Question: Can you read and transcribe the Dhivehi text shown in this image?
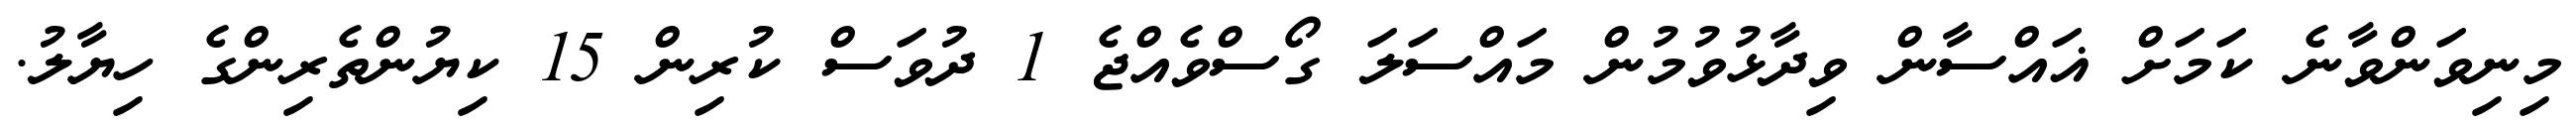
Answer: މިނިވަންވާނެ ކަމަށް ޣައްސާން ވިދާޅުވުމުން މައްސަލަ ގޯސްވެއްޖެ 1 ދުވަސް ކުރިން 15 ކިޔުންތެރިންގެ ހިޔާލު.